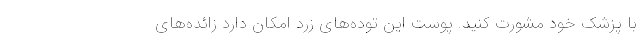
با پزشک خود مشورت کنید. پوست این توده‌های زرد امکان دارد زائده‌های